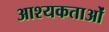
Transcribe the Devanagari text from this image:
आश्यकताओं